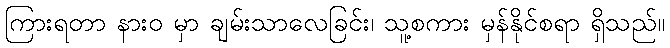
ကြားရတာ နားဝ မှာ ချမ်းသာလေခြင်း၊ သူ့စကား မှန်နိုင်စရာ ရှိသည်။